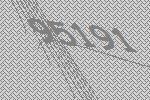
95191